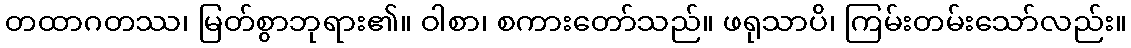
တထာဂတဿ၊ မြတ်စွာဘုရား၏။ ဝါစာ၊ စကားတော်သည်။ ဖရုသာပိ၊ ကြမ်းတမ်းသော်လည်း။